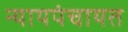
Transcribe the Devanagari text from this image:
न्यायपंचायत